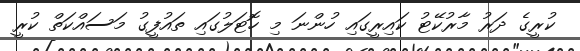
ކުރީގެ ދަރު މާރުކޭޓު ކައިރީގައި ހުންނަ މި ހޮޓަލުގައި ތައުފީގު މަސައްކަތް ކުރީ